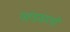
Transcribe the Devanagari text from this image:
गहडवालों